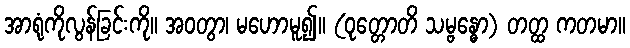
အာရုံကိုလွန်ခြင်းကို။ အဝတွာ၊ မဟောမူ၍။ (ဝုတ္တောတိ သမ္ဗန္ဓော) တတ္ထ ကတမာ။